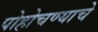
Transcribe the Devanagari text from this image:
पोहोचण्‍याचे